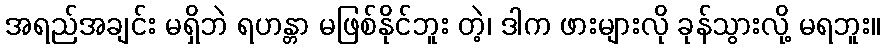
အရည်အချင်း မရှိဘဲ ရဟန္တာ မဖြစ်နိုင်ဘူး တဲ့၊ ဒါက ဖားများလို ခုန်သွားလို့ မရဘူး။